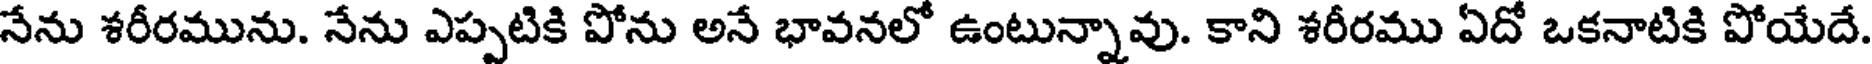
నేను శరీరమును. నేను ఎప్పటికి పోను అనే భావనలో ఉంటున్నావు. కాని శరీరము ఏదో ఒకనాటికి పోయేదే